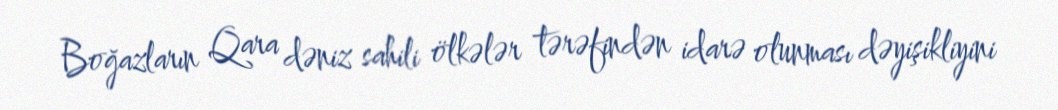
Boğazların Qara dəniz sahili ölkələr tərəfindən idarə olunması dəyişikliyini